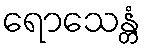
ရောသေန္တံ